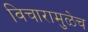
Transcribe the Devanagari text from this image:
विचारामुळेच